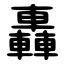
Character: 轟